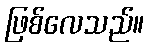
ဖြစ်လေသည်။